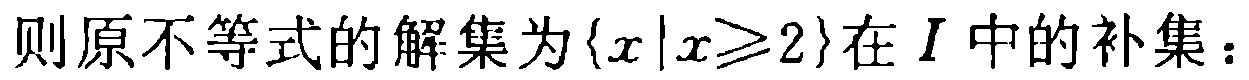
则原不等式的解集为\(\{x|x\geqslant2\}\)在\(I\)中的补集：